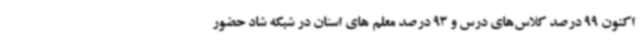
اکنون 99 درصد کلاس‌های درس و 93 درصد معلم های استان در شبکه شاد حضور